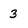
Character: 3